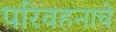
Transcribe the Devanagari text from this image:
परिवहनाचे